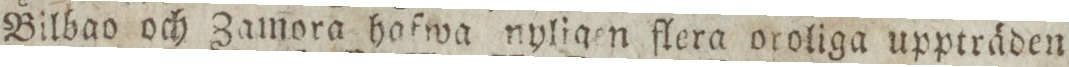
Bilbao och Zamora hafwa nyligen flera oroliga uppträden